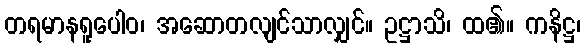
တရမာနရူပေါဝ၊ အဆောတလျင်သာလျှင်။ ဥဋ္ဌာသိ၊ ထ၏။ ကနိဋ္ဌ၊